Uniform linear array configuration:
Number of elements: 48
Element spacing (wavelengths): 0.25
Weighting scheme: cosine
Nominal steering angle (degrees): -60
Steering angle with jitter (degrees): -61.009
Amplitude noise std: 0.05
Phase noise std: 0.05

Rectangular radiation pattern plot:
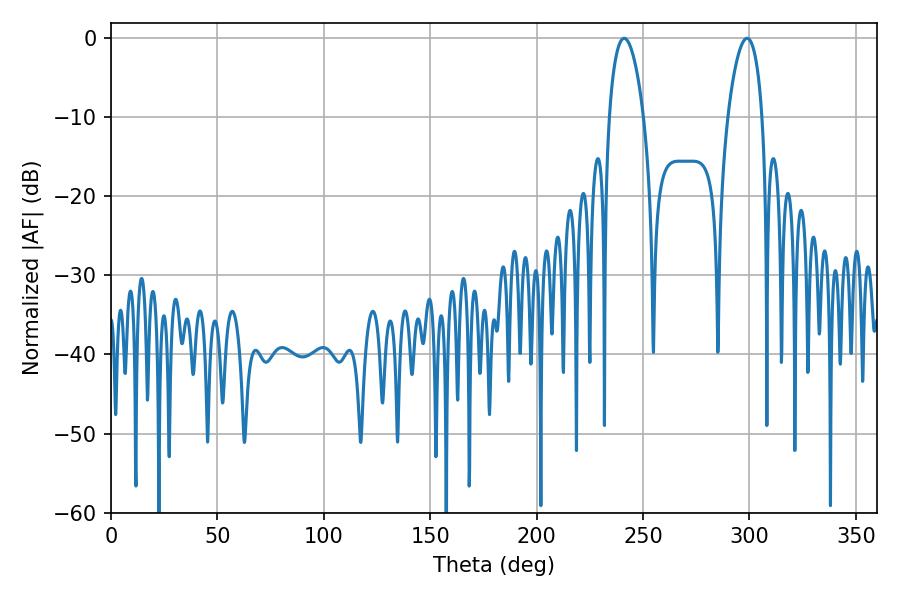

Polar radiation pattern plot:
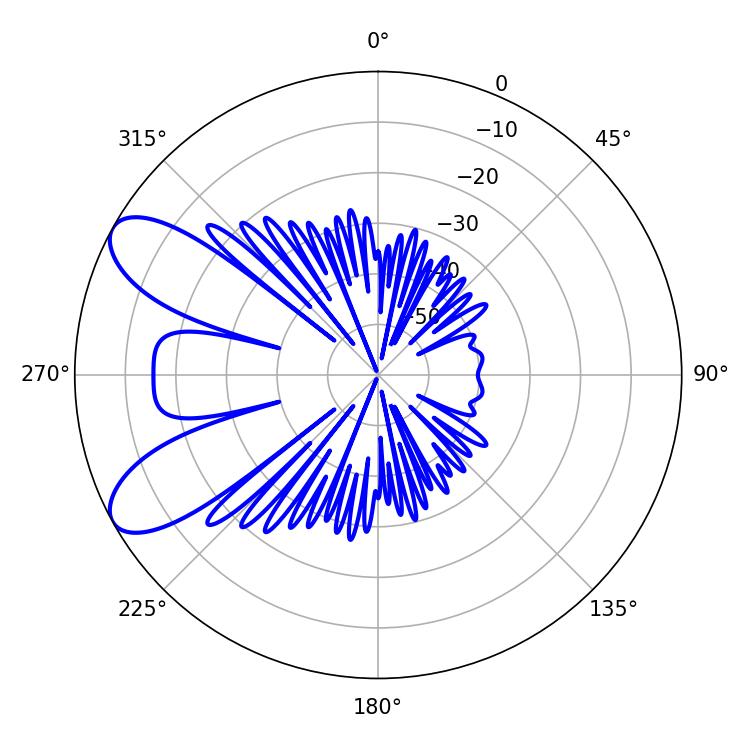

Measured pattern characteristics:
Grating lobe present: FALSE
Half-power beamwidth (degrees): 9.18
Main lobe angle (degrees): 298.8